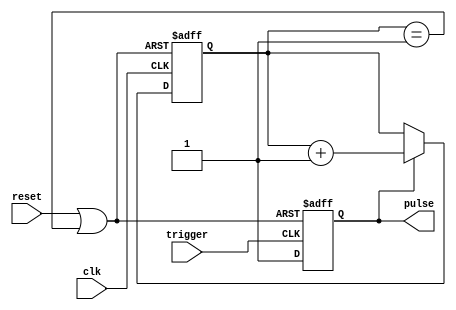
module monostable(
        input clk,
        input reset,
        input trigger,
        output reg pulse = 0
);
        parameter PULSE_WIDTH = 1;

        reg [4:0] count = 0;

        wire count_rst = reset | (count == PULSE_WIDTH);

        always @ (posedge trigger, posedge count_rst) begin
                if (count_rst) begin
                        pulse <= 1'b0;
                end else begin
                        pulse <= 1'b1;
                end
        end

        always @ (posedge clk, posedge count_rst) begin
                if(count_rst) begin
                        count <= 0;
                end else begin
                        if(pulse) begin
                                count <= count + 1'b1;
                        end
                end
        end
endmodule